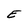
Character: E